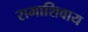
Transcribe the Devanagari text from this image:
रामाशिवाय